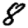
Digit: 8